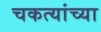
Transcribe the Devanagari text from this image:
चकत्यांच्या